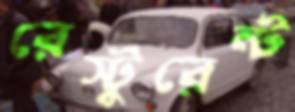
রেস্টুরেন্ট